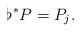
LaTeX: \begin{align*}\flat^{*} P = P_{j}.\end{align*}